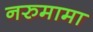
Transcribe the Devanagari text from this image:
नरुमामा